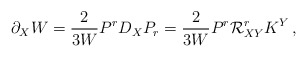
\begin{align*}\partial_X W=\frac{2}{3W}P^rD_XP_r=\frac{2}{3W}P^r {\cal R}^r_{XY}K^Y\,, \end{align*}